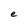
Character: e